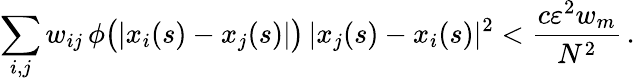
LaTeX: \sum_{i,j}w_{ij}\, \phi\big(|x_{i}(s)-x_{j}(s)|\big)\, |x_{j}(s)-x_{i}(s)|^{2}<\frac{c\varepsilon^{2}w_{m}}{N^{2}}\, .